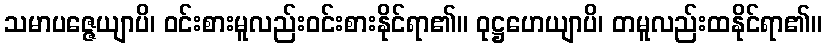
သမာပဇ္ဇေယျာပိ၊ ဝင်းစားမူလည်းဝင်းစားနိုင်ရာ၏။ ဝုဋ္ဌဟေယျာပိ၊ တမူလည်းထနိုင်ရာ၏။